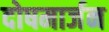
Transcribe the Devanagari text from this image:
दोषमार्जन